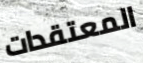
المعتقدات